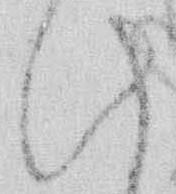
此